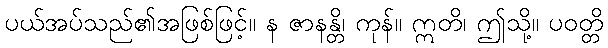
ပယ်အပ်သည်၏အဖြစ်ဖြင့်။ န ဇာနန္တိ၊ ကုန်။ ဣတိ၊ ဤသို့။ ပဝတ္တိ